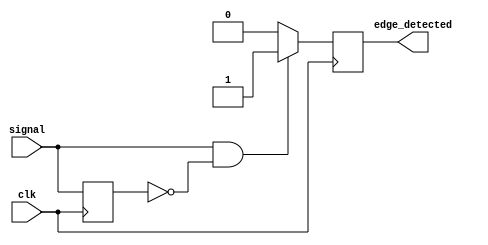
module positive_edge_detector (
    input wire clk,                // System clock
    input wire signal,             // Input signal for edge detection
    output reg edge_detected       // Single pulse output for edge detection
);

    reg previous_state;            // Previous state of the input signal

    // D Flip-Flop to capture the previous state
    always @(posedge clk) begin
        previous_state <= signal;  // Store the current signal state
    end

    // Edge detection logic
    always @(posedge clk) begin
        // Detect rising edge
        if (signal == 1'b1 && previous_state == 1'b0) begin
            edge_detected <= 1'b1;  // Set output high for edge detected
        end else begin
            edge_detected <= 1'b0;  // Reset output otherwise
        end
    end
endmodule